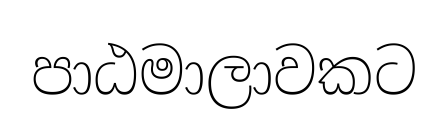
පාඨමාලාවකට